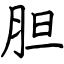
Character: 胆